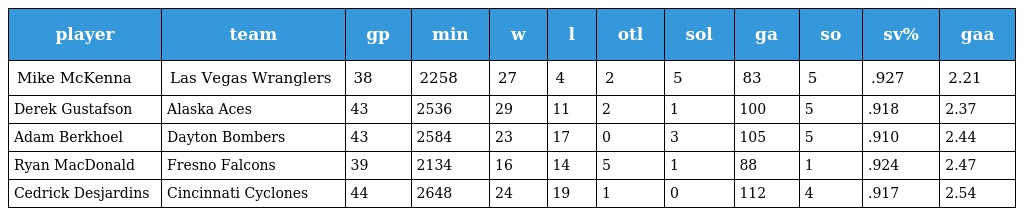
| player | team | gp | min | w | l | otl | sol | ga | so | sv% | gaa |
 | --- | --- | --- | --- | --- | --- | --- | --- | --- | --- | --- | --- |
 | Mike McKenna | Las Vegas Wranglers | 38 | 2258 | 27 | 4 | 2 | 5 | 83 | 5 | .927 | 2.21 |
 | Derek Gustafson | Alaska Aces | 43 | 2536 | 29 | 11 | 2 | 1 | 100 | 5 | .918 | 2.37 |
 | Adam Berkhoel | Dayton Bombers | 43 | 2584 | 23 | 17 | 0 | 3 | 105 | 5 | .910 | 2.44 |
 | Ryan MacDonald | Fresno Falcons | 39 | 2134 | 16 | 14 | 5 | 1 | 88 | 1 | .924 | 2.47 |
 | Cedrick Desjardins | Cincinnati Cyclones | 44 | 2648 | 24 | 19 | 1 | 0 | 112 | 4 | .917 | 2.54 |